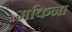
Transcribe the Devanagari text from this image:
मकिना